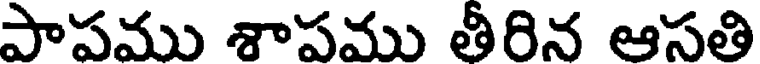
పాపము శాపము తీరిన ఆసతి